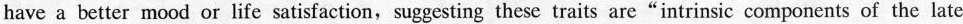
have a better mood or life satisfaction, suggesting these traits are “intrinsic components of the late